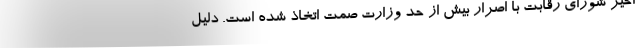
اخیر شورای رقابت با اصرار بیش از حد وزارت صمت اتخاذ شده است. دلیل